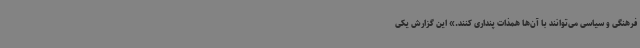
فرهنگی و سیاسی می‌توانند با آن‌ها همذات پنداری کنند.» این گزارش یکی